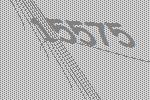
15575